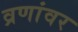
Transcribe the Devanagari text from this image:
व्रणांवर